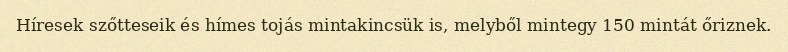
Híresek szőtteseik és hímes tojás mintakincsük is, melyből mintegy 150 mintát őriznek.